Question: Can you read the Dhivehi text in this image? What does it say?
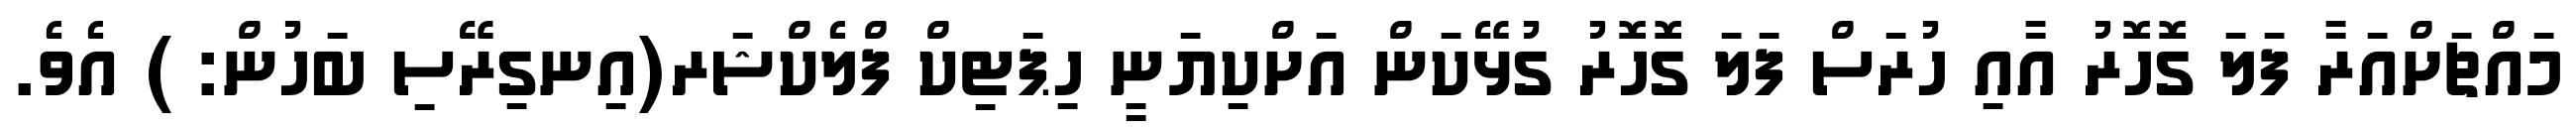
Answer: މައްޗަށްއަރާ ފަލަ ގޮހޮރު އާއި ހުރަސް ފަލަ ގޮހޮރު ގުޅޭކަން އަށްކިޔަނީ ހިޕަޓިކް ފްލެކްޝަރ(އިނގިރޭސި ބަހުން: ) އެވެ.